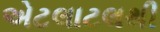
એટલાટલથી